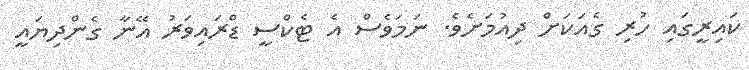
ކައިރީގައި ހުރި ގެއަކަށް ދިއުމަށެވެ. ނަމަވެސް އެ ޓެކްސީ ޑްރައިވަރު އޭނާ ގެންދިޔައީ